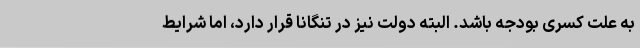
به علت کسری بودجه باشد. البته دولت نیز در تنگانا قرار دارد، اما شرایط